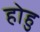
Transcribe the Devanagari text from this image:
होहु